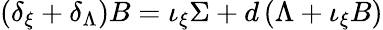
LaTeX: \left(\delta_{\xi}+\delta_{\Lambda}\right)B=\iota_{\xi}\Sigma+d\left(\Lambda+\iota_{\xi}B\right)